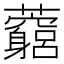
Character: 𧅓